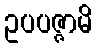
ဥပပဇ္ဇာမိ